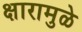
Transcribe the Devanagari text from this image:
क्षारामुळे